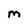
Character: M